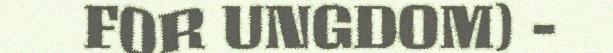
FOR UNGDOM) -